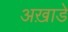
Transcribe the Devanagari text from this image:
अख़ाडे